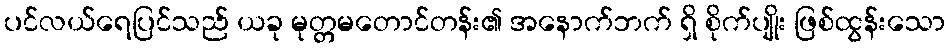
ပင်လယ်ရေပြင်သည် ယခု မုတ္တမတောင်တန်း၏ အနောက်ဘက် ရှိ စိုက်ပျိုး ဖြစ်ထွန်းသော